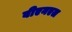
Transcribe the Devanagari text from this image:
बीएनएल